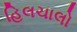
હિલચાલો